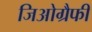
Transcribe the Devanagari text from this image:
जिओग्रैफी